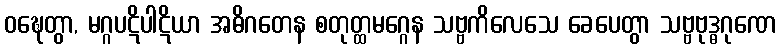
ဝဍ္ဎေတွာ, မဂ္ဂပဋိပါဋိယာ အဓိဂတေန စတုတ္ထမဂ္ဂေန သဗ္ဗကိလေသေ ခေပေတွာ သဗ္ဗဗုဒ္ဓဂုဏေ